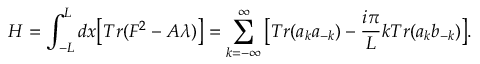
H = \int _ { - L } ^ { L } d x \big [ T r ( F ^ { 2 } - A \lambda ) \big ] = \sum _ { k = - \infty } ^ { \infty } \big [ T r ( a _ { k } a _ { - k } ) - { \frac { i \pi } { L } } k T r ( a _ { k } b _ { - k } ) \big ] .